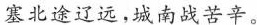
塞北途辽远，城南战苦辛。